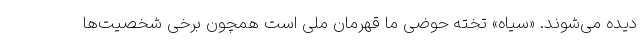
دیده می‌شوند. «سیاه» تخته حوضی ما قهرمان ملی است همچون برخی شخصیت‌ها